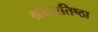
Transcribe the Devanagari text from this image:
श्रमप्रतिष्ठा